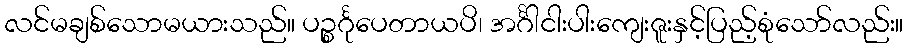
လင်မချစ်သောမယားသည်။ ပဉ္စင်္ဂုပေတာယပိ၊ အင်္ဂါငါးပါးကျေးဇူးနှင့်ပြည့်စုံသော်လည်း။